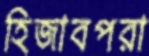
হিজাবপরা